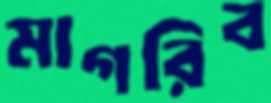
মাগরিব